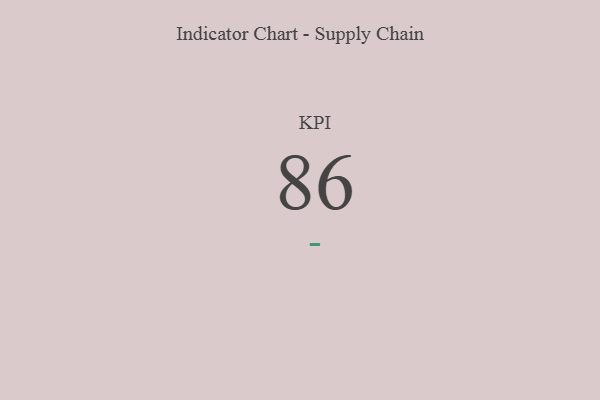
{"axis": {"x": "KPI", "y": "Value"}, "legend": [""], "data": [{"x": "KPI", "y": 86, "type": ""}]}